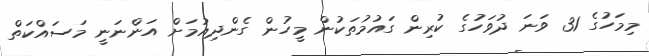
މިމަހުގެ 31 ވަނަ ދުވަހުގެ ކުރިން ގައުމުތަކުން މީހުން ގެންދިއުމަށް އަންނަނީ މަސައްކަތް